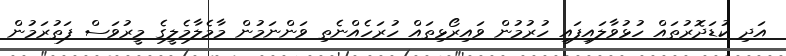
އަދި ކުޑަދޮރުތައް ހުޅުވާލައިފައި ހުރުމުން ވައިރޯޅިތައް ހުރަހެއްނެތި ވަންނަމުން މާމެލާމެލީގެ މީރުވަސް ފަތުރަމުން